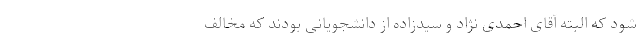
شود که البته آقای احمدی نژاد و سیدزاده از دانشجویانی بودند که مخالف